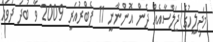
މަޖިލީހުގެ ޖަލްސާއެއް ދެން އޮންނާނީ 11 ފެބްރުއަރީ 2009 ވާ ބުދަ ދުވަހު